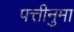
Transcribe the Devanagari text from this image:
पत्तीनुमा